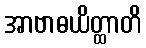
အာဗာဓယိတ္ထာတိ